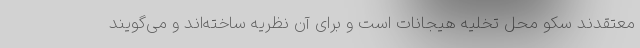
معتقدند سکو محل تخلیه هیجانات است و برای آن نظریه ساخته‌اند و می‌گویند